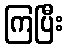
ကြပြီး